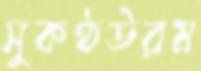
সুকণ্ঠউরম